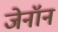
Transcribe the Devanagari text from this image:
जेनॉन